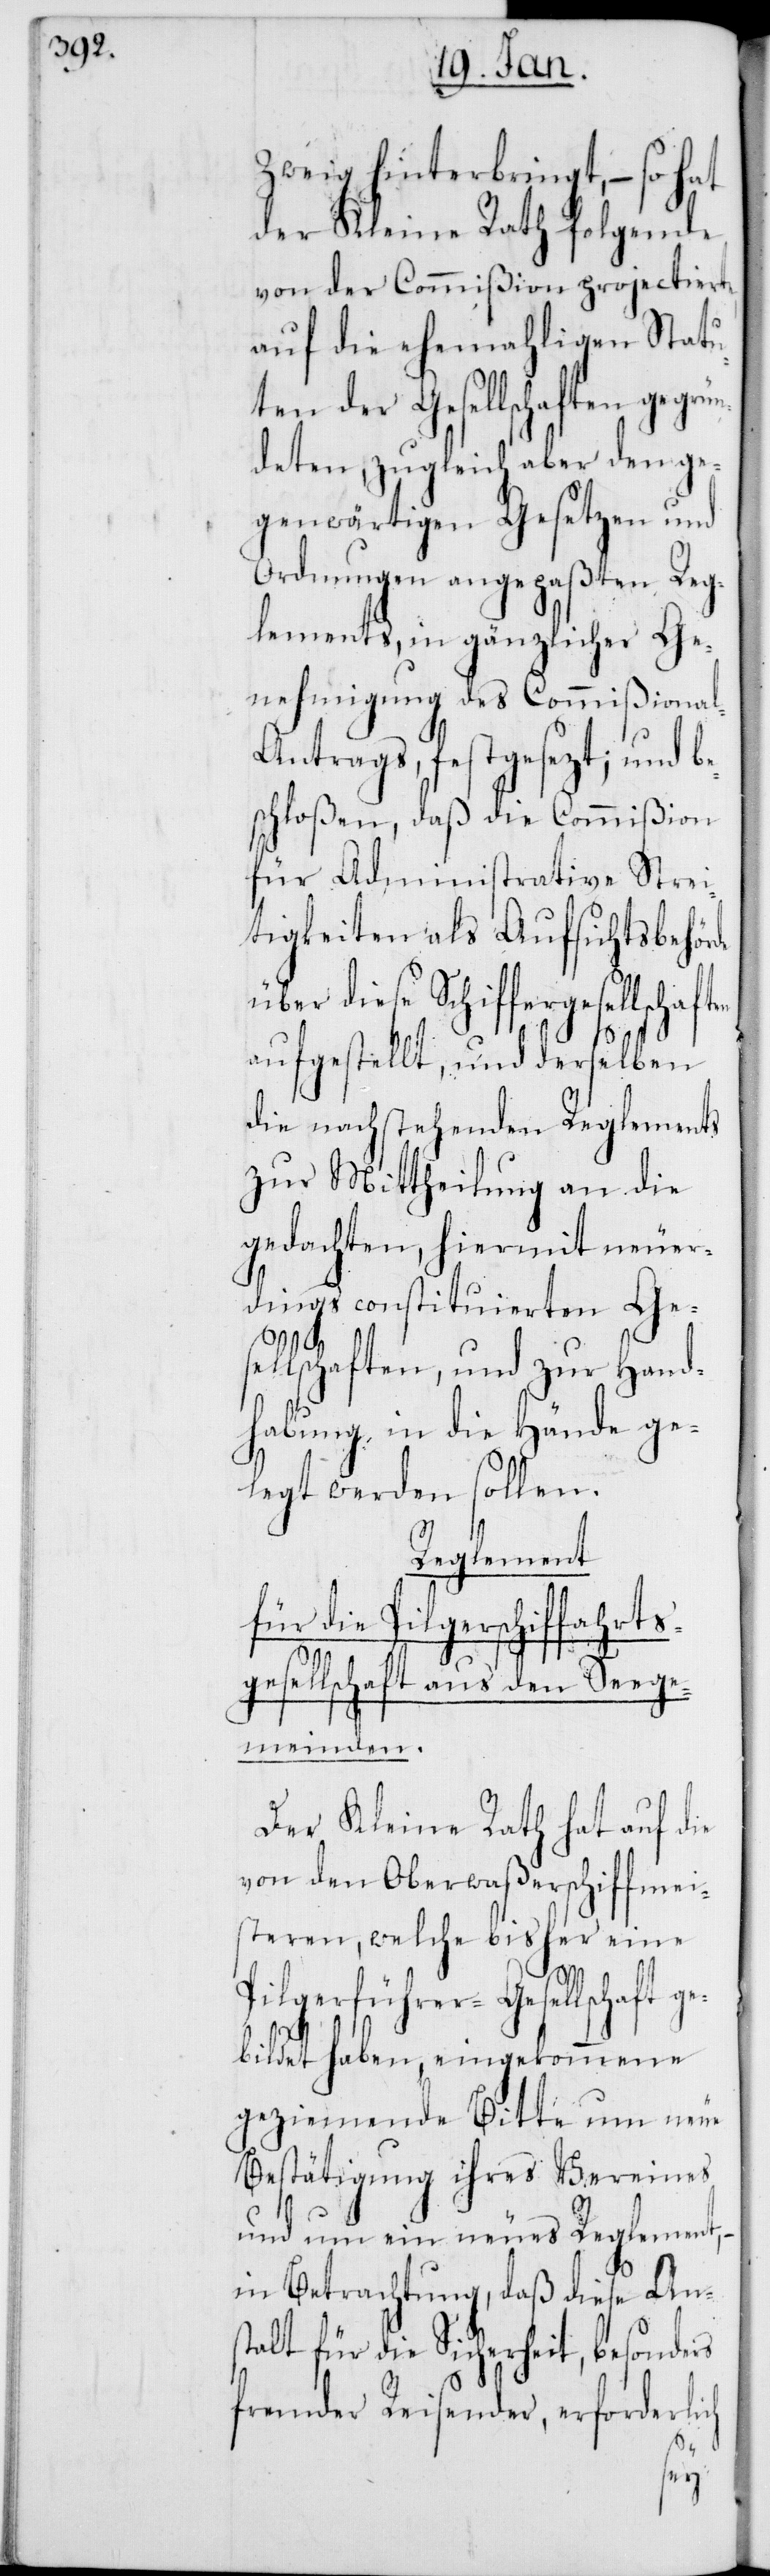
Zweig hinterbringt, – so hat
der Kleine Rath folgende
von der Commißion projectierte,
auf die ehemahligen Statu¬
ten der Gesellschaften gegrün¬
deten, zugleich aber den ge¬
genwärtigen Gesetzen und
Ordnungen angepaßten Reg¬
lements, in gänzlicher Ge¬
nehmigung des Commißiona¬
l-Antrags, festgesezt; und b¬
schloßen, daß die Commißion
für Administrative Strei¬
tigkeiten als Aufsichtsbehör¬
über diese Schiffergesells¬
aufgestellt, und derselben
die nachstehenden Reglements
zur Mittheilung an die
gedachten, hiermit neuer¬
dings constituierten Ge¬
sellschaften und zur Hand¬
habung in die Hände ge¬
legt werden sollen.
Reglement
für die Pilgerschiffahrts¬
gesellschaft aus den Seege¬
meinden.
Der Kleine Rath hat auf die
von den Oberwaßerschiffmei¬
steren, welche bisher eine
Pilgerführer-Gesellschaft ge¬
bildet haben, eingekommene
geziemende Bitte um neue
Bestätigung ihres Vereins
und um ein neues Reglement,
in Betrachtung, daß diese Ans¬
talt für die Sicherheit, besonders
fremder Reisender, erforderlich
chaften